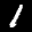
Label: 1